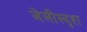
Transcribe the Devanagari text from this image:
जेलीस्दृश